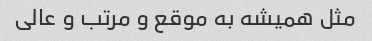
مثل همیشه به موقع و مرتب و عالی